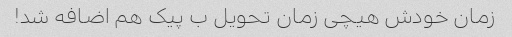
زمان خودش هیچی زمان تحویل ب پیک هم اضافه شد!